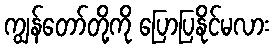
ကျွန်တော်တို့ကို ပြောပြနိုင်မလား